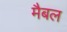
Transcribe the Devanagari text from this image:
मैबल